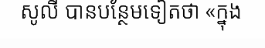
សូលី បានបន្ថែមទៀតថា «ក្នុង